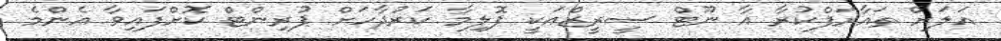
އަލަށް ތައާރަފްކުރާ އާ ނޫޓް ސީރީޒްއަކީ ޕޮލިމާ ކަރުދާހަށް ޕުރިންޓް ކޮށްފައިވާ އެންމެ